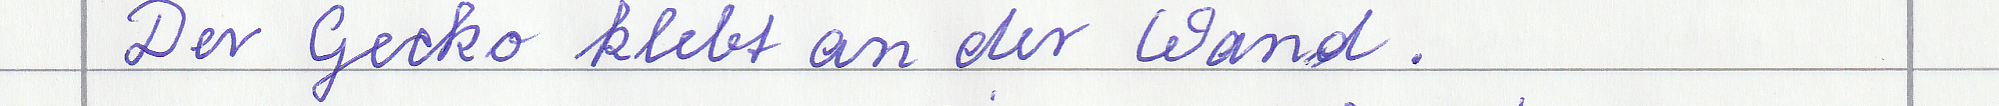
Der Gecko klebt an der Wand.